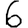
Digit: 6